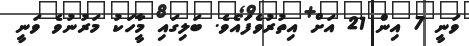
ވަނީ 7 އިން 21 އަށް އިތުރުވެފައެވެ. ބަލިގައި މާީހަކު މަރުނުވެ ވަނީ